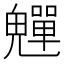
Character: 𩴫